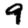
Digit: 9